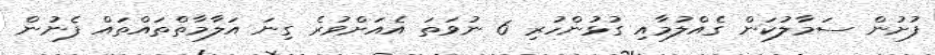
ފުށުން ސަމާލުކަން ގެއްލުމާއި ގުޅުންހުރި 6 ނުވަތަ އެއަށްވުރެ ގިނަ އަލާމާތްތައްތައް ފެނުން